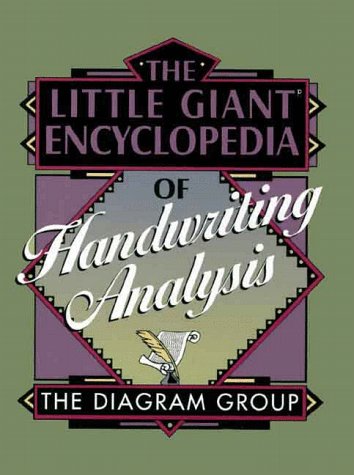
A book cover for The Little Giant Encyclopedia of Handwriting Analysis; The Diagram Group; Self-Help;